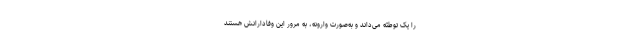
را یک توطئه می‌داند و به‌صورت وارونه، به مرور این وفادارانش هستند